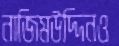
নাজিমউদ্দিনও